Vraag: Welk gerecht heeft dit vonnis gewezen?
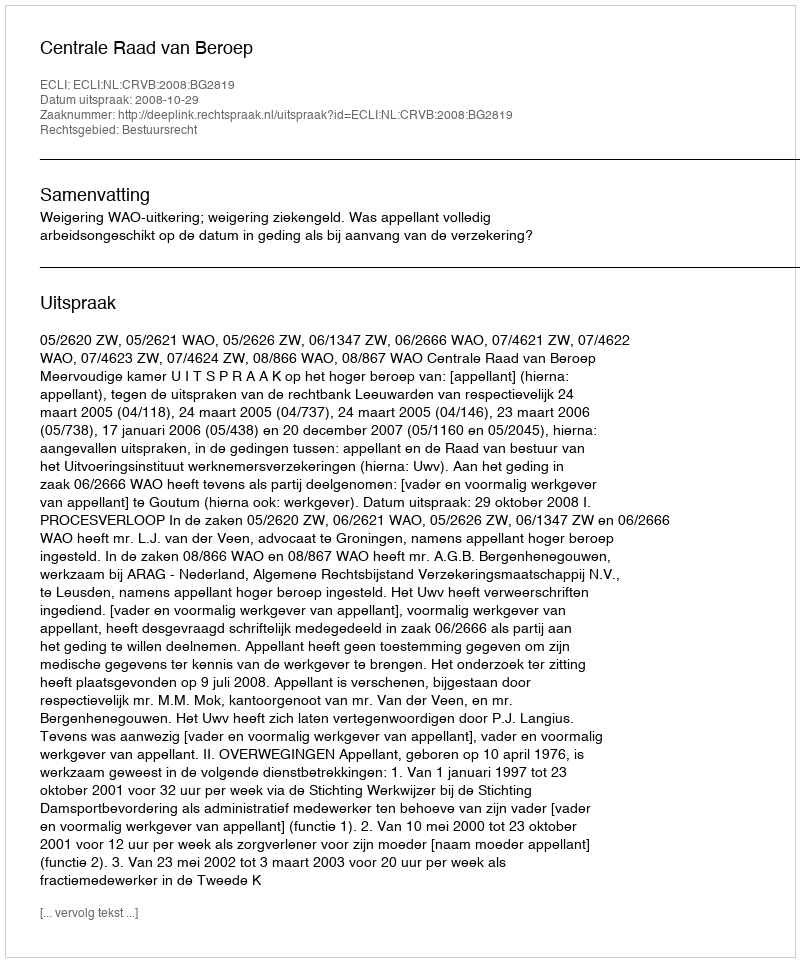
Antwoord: Centrale Raad van Beroep